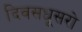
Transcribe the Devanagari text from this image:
दिवसधूसरो